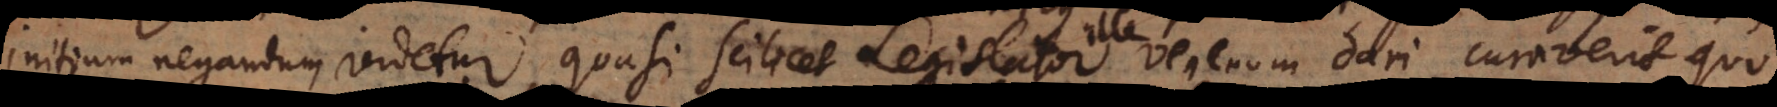
initium negandum videtur, quasi scilicet Legislator ille venenum dari curaverit